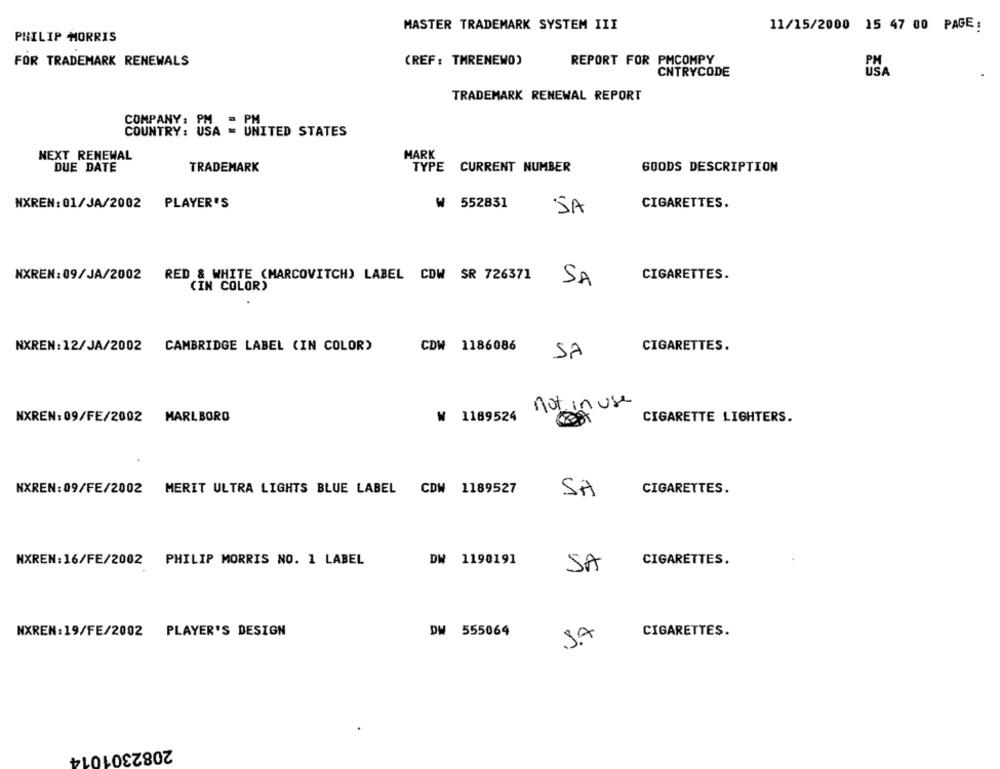
MASTER TRADEMARK SYSTEM III
11/15/2000 15 47 00 PAGE:
PHILIP MORRIS
FOR TRADEMARK RENEWALS
(REF : TMRENEWO)
REPORT FOR PMCOMPY
PM
CNTRYCODE
TRADEMARK RENEWAL REPORT
COMPANY: USA = UNITED STATES
MARK
NEXT RENEWAL
DUE DATE
TRADEMARK
TYPE CURRENT NUMBER
GOODS DESCRIPTION
NXREN: 01/JA/2002
PLAYER'S
₩ 552831
CIGARETTES.
SA
NXREN:09/JA/2002 RED & WHITE (MARCOVITCH) LABEL CDW SR 726371
CIGARETTES.
SA
(IN COLOR)
NXREN: 12/JA/2002
CDW 1186086
CAMBRIDGE LABEL (IN COLOR)
SA
CIGARETTES.
campuse
not in
NXREN: 09/FE/2002 MARLBORO
₩ 1189524
CIGARETTE LIGHTERS.
NXREN:09/FE/2002 MERIT ULTRA LIGHTS BLUE LABEL CDW 1189527
SA
CIGARETTES.
NXREN:16/FE/2002 PHILIP MORRIS NO. 1 LABEL
DW 1198191
CIGARETTES.
SA
NXREN:19/FE/2002 PLAYER'S DESIGN
DW 555064
JA
CIGARETTES.
2082301014